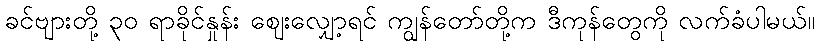
ခင်ဗျားတို့ ၃၀ ရာခိုင်နှုန်း ဈေးလျှော့ရင် ကျွန်တော်တို့က ဒီကုန်တွေကို လက်ခံပါမယ်။